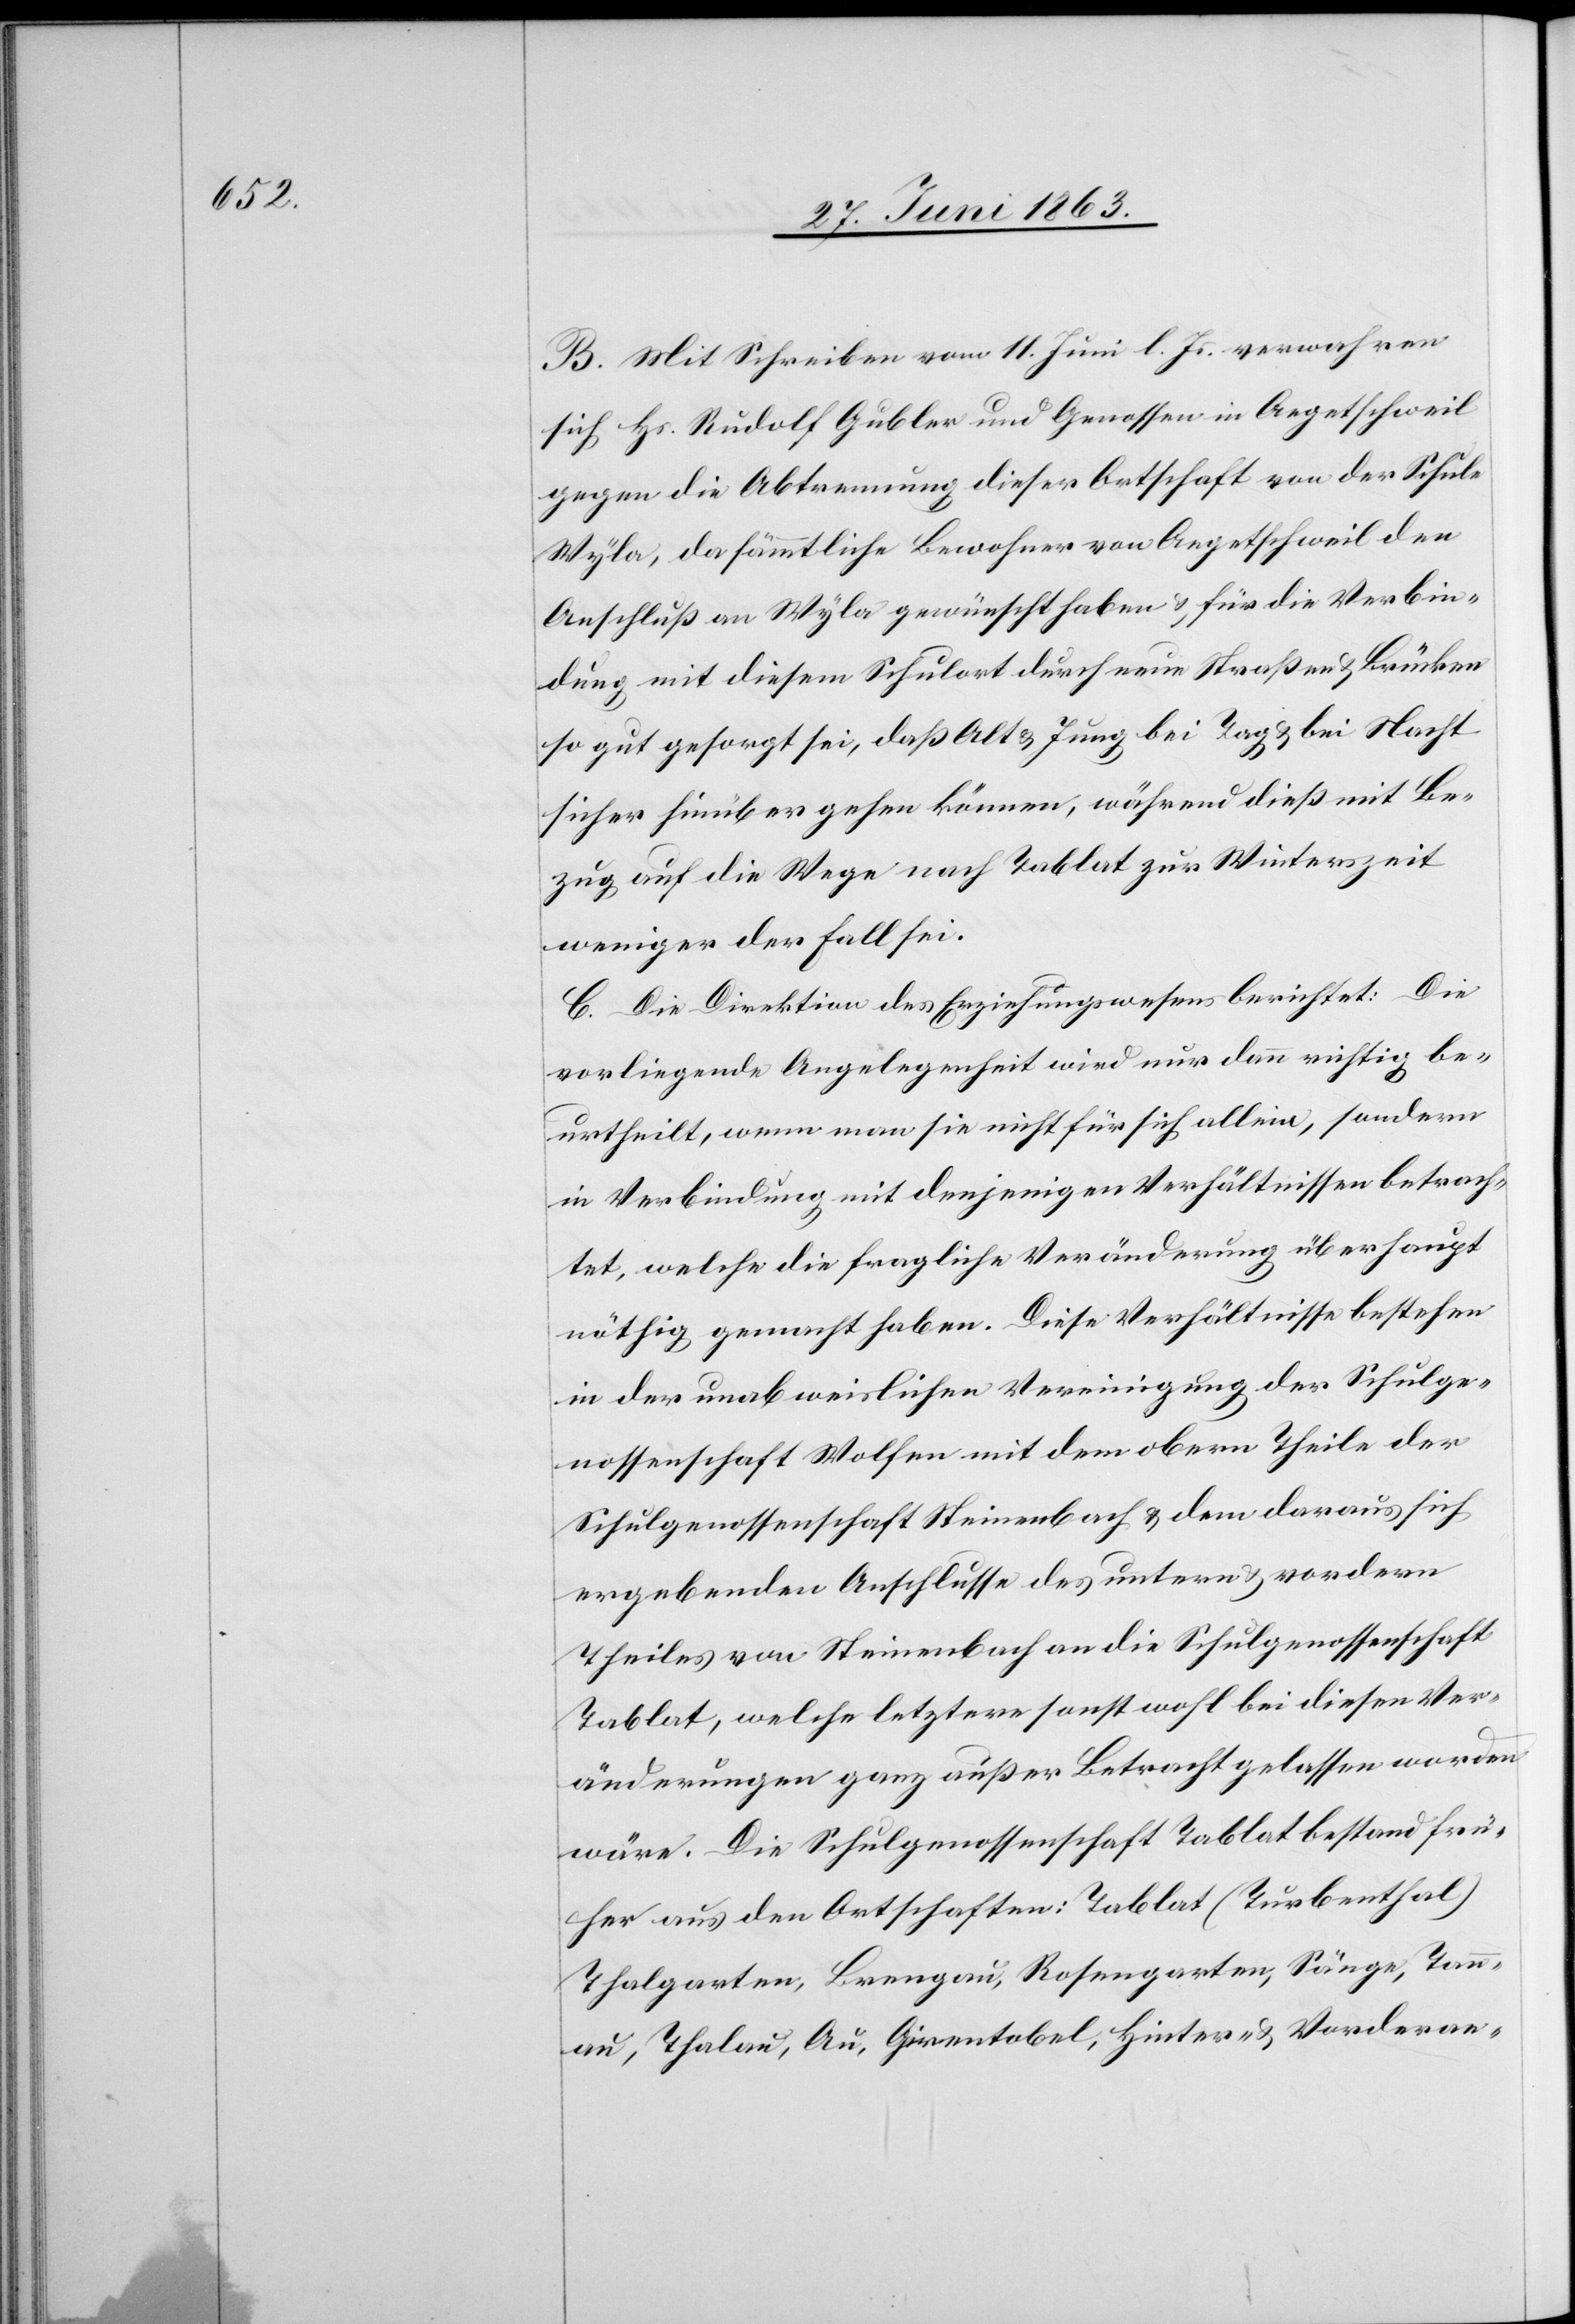
B. Mit Schreiben vom 11. Juni l. Js. verwahren
sich Hs. Rudolf Gubler und Genossen in Aegetschweil
gegen die Abtrennung dieser Ortschaft von der Schule
Wyla, da sämmtliche Bewohner von Aegetschweil den
Anschluß an Wyla gewünscht haben & für die Verbin¬
dung mit diesem Schulort durch neue Straßen & Brücken
so gut gesorgt sei, daß Alt & Jung bei Tag & bei Nacht
sicher hinüber gehen können, während dieß mit Be¬
zug auf die Wege nach Tablat zur Winterszeit
weniger der Fall sei.
C. Die Direktion des Erziehungswesens berichtet: Die
vorliegende Angelegenheit wird nur dann richtig be¬
urtheilt, wenn man sie nicht für sich allein, sondern
in Verbindung mit denjenigen Verhältnissen betrach¬
tet, welche die fragliche Veränderung überhaupt
nöthig gemacht haben. Diese Verhältnisse bestehen
in der unabweislichen Vereinigung der Schulge¬
nossenschaft Wolfen mit dem obern Theile der
Schulgenossenschaft Steinenbach & dem daraus sich
ergebenden Anschlusse des untern & vordern
Theiles von Steinenbach an die Schulgenossenschaft
Tablat, welche letztere sonst wohl bei diesen Ver¬
änderungen ganz außer Betracht gelassen worden
wäre. Die Schulgenossenschaft Tablat bestand frü¬
her aus den Ortschaften: Tablat (Turbenthal)[,]
Thalgarten, Brengau, Rosengarten Sänge, Tan¬
nau, Thalau, Au, Girentobel, Hinter- & Vorderae-